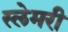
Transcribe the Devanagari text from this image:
स्लेमरी